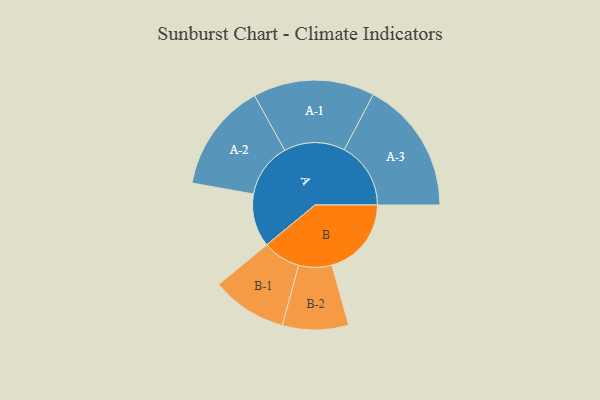
{"axis": {"x": "Segment", "y": "Value"}, "legend": ["", "A", "B"], "data": [{"x": "A", "y": 238, "type": ""}, {"x": "B", "y": 356, "type": ""}, {"x": "A-1", "y": 272, "type": "A"}, {"x": "A-2", "y": 244, "type": "A"}, {"x": "A-3", "y": 298, "type": "A"}, {"x": "B-1", "y": 169, "type": "B"}, {"x": "B-2", "y": 148, "type": "B"}]}